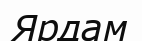
Ярдам